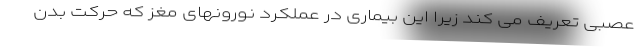
عصبی تعریف می کند زیرا این بیماری در عملکرد نورونهای مغز که حرکت بدن